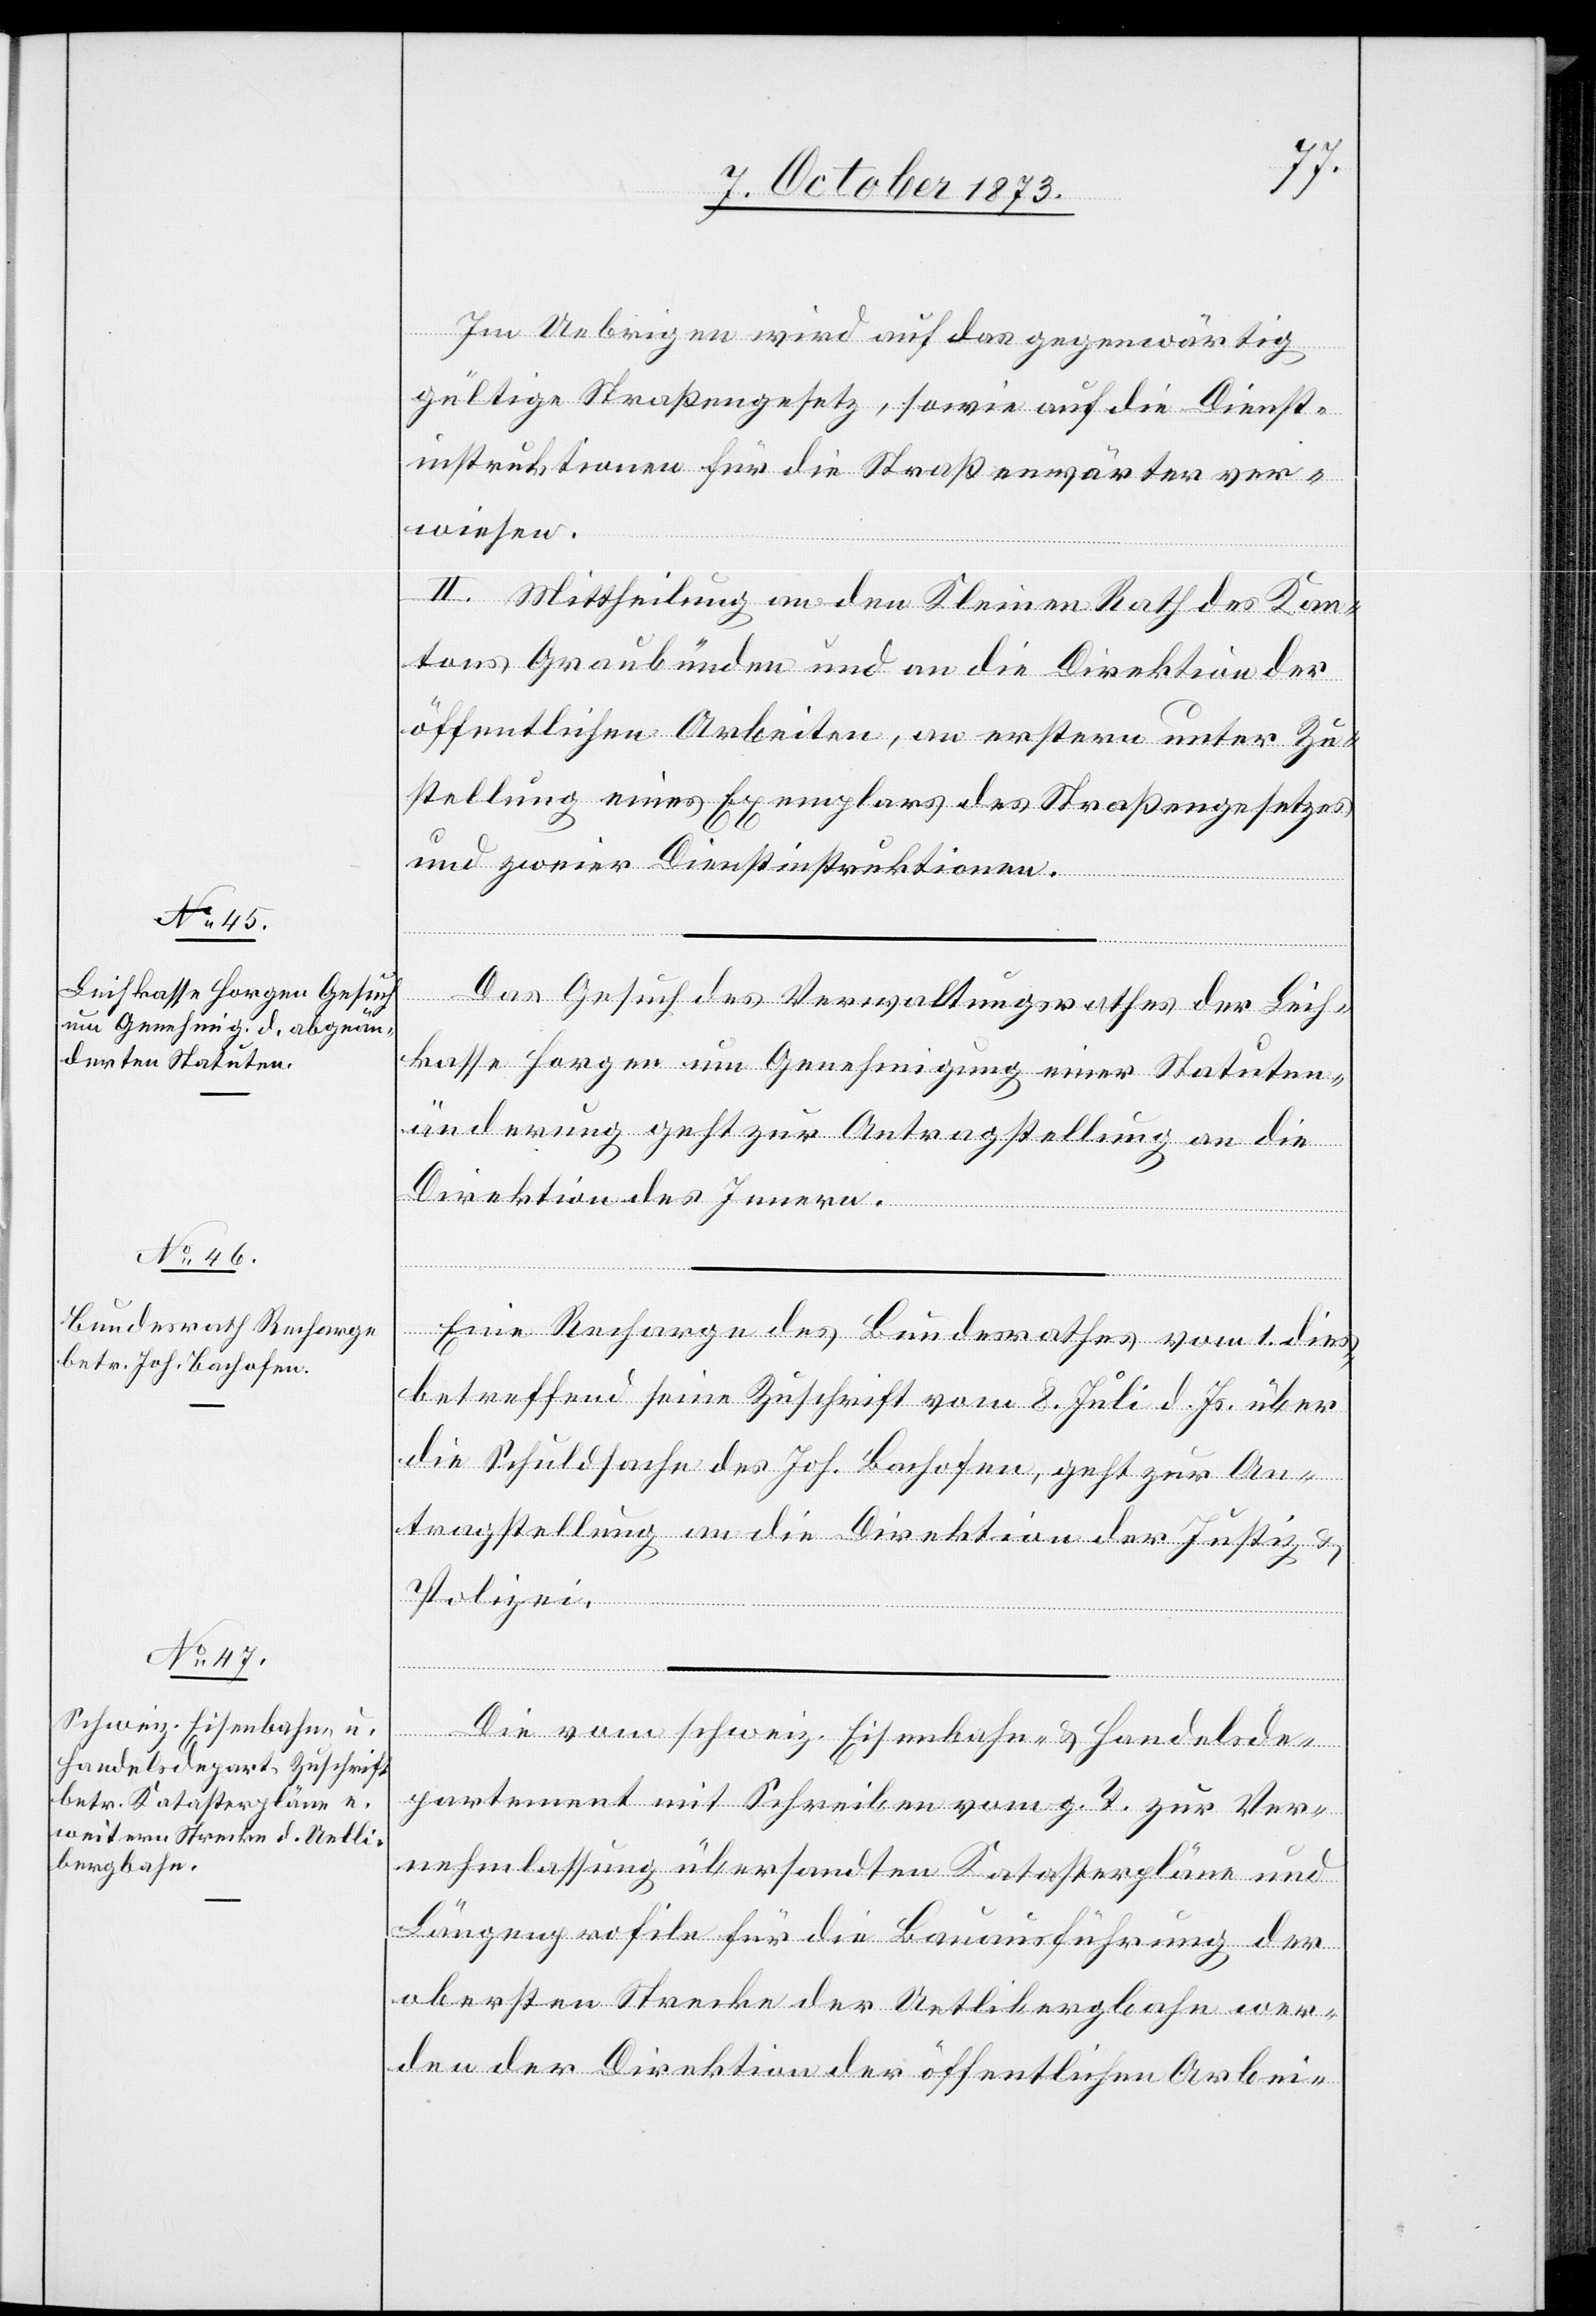
8. October 1873.]
Im Uebrigen wird auf das gegenwärtig
gültige Straßengesetz, sowie auf die Dienst¬
instruktionen für die Straßenwärter ver¬
wiesen.
II. Mittheilung an den Kleinen Rath des Kan¬
tons Graubünden und an die Direktion der
öffentlichen Arbeiten, an erstern unter Zu¬
stellung eines Exemplars des Straßengesetzes
und zweier Dienstinstruktionen.
Das Gesuch des Verwaltungsrathes der Leih¬
kasse Horgen um Genehmigung einer Statuten¬
änderung geht zur Antragstellung an die
Direktion des Innern.
Eine Recharge des Bundesrathes vom 1. dies,
betreffend seine Zuschrift vom 8. Juli d. Js. über
die Schuldsache des Joh. Bachofen, geht zur An¬
tragstellung an die Direktion der Justiz &
Polizei.
Die vom schweiz. Eisenbahn- & Handelsde¬
partement mit Schreiben vom g. T. zur Ver¬
nehmlassung übersandten Katasterpläne und
Längenprofile für die Bauausführung der
obersten Strecke der Uetlibergbahn wer¬
den der Direktion der öffentlichen Arbei-